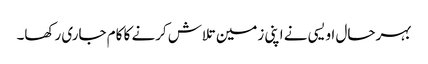
بہرحال اویسی نے اپنی زمین تلاش کرنے کا کام جاری رکھا۔